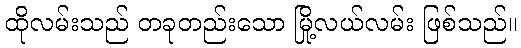
ထိုလမ်းသည် တခုတည်းသော မြို့လယ်လမ်း ဖြစ်သည်။